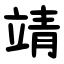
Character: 靖